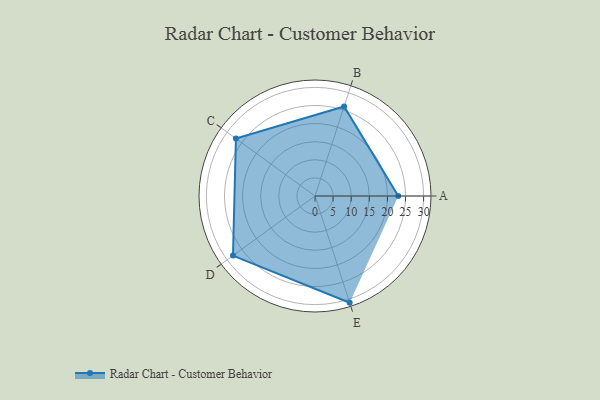
{"axis": {"x": "Skill", "y": "Score"}, "legend": ["Profile"], "data": [{"x": "A", "y": 23.0, "type": "Profile"}, {"x": "B", "y": 26.0, "type": "Profile"}, {"x": "C", "y": 27.0, "type": "Profile"}, {"x": "D", "y": 28.0, "type": "Profile"}, {"x": "E", "y": 31.0, "type": "Profile"}]}